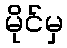
မိုင်မှ